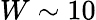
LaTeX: W\sim 10